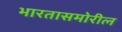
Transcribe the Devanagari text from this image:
भारतासमोरील